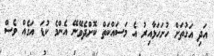
އަދި އަގުތަށް ހުށަހަޅާއިރު އެ މަސައްކަތް ކޮށްދެވޭނޭ އެންމެ ކުޑަ އަގެއް ވެސް